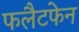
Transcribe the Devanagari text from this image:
फलैटफेन